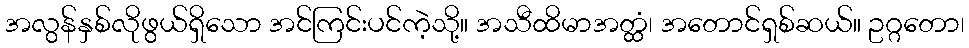
အလွန်နှစ်လိုဖွယ်ရှိသော အင်ကြင်းပင်ကဲ့သို့။ အသီထိမာအတ္ထံ၊ အတောင်ရှစ်ဆယ်။ ဥဂ္ဂတော၊